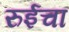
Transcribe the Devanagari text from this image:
रुईचा